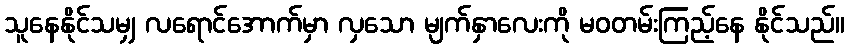
သူနေနိုင်သမျှ လရောင်အောက်မှာ လှသော မျက်နှာလေးကို မဝတမ်းကြည့်နေ နိုင်သည်။